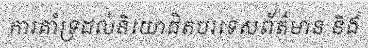
ការគាំទ្រដល់និយោជិតបរទេសព័ត៌មាន និង